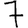
Digit: 7